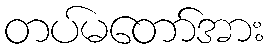
တပ်မတော်အား